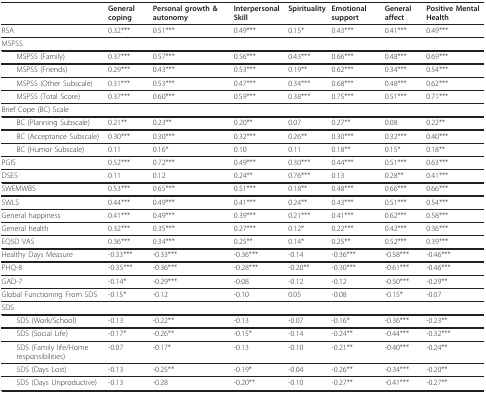
<table><thead><tr><td>[EMPTY_CELL]</td><td><b>General coping</b></td><td><b>Personal growth &amp; autonomy</b></td><td><b>Interpersonal Skill</b></td><td><b>Spirituality</b></td><td><b>Emotional support</b></td><td><b>General affect</b></td><td><b>Positive Mental Health</b></td></tr></thead><tbody><tr><td>RSA</td><td>0.32***</td><td>0.51***</td><td>0.49***</td><td>0.15*</td><td>0.43***</td><td>0.41***</td><td>0.49***</td></tr><tr><td>MSPSS</td><td>[EMPTY_CELL]</td><td>[EMPTY_CELL]</td><td>[EMPTY_CELL]</td><td>[EMPTY_CELL]</td><td>[EMPTY_CELL]</td><td>[EMPTY_CELL]</td><td>[EMPTY_CELL]</td></tr><tr><td> MSPSS (Family)</td><td>0.37***</td><td>0.57***</td><td>0.56***</td><td>0.43***</td><td>0.66***</td><td>0.48***</td><td>0.69***</td></tr><tr><td> MSPSS (Friends)</td><td>0.29***</td><td>0.43***</td><td>0.53***</td><td>0.19**</td><td>0.62***</td><td>0.34***</td><td>0.54***</td></tr><tr><td> MSPSS (Other Subscale)</td><td>0.31***</td><td>0.53***</td><td>0.47***</td><td>0.34***</td><td>0.68***</td><td>0.48***</td><td>0.62***</td></tr><tr><td> MSPSS (Total Score)</td><td>0.37***</td><td>0.60***</td><td>0.59***</td><td>0.38***</td><td>0.75***</td><td>0.51***</td><td>0.71***</td></tr><tr><td>Brief Cope (BC) Scale</td><td>[EMPTY_CELL]</td><td>[EMPTY_CELL]</td><td>[EMPTY_CELL]</td><td>[EMPTY_CELL]</td><td>[EMPTY_CELL]</td><td>[EMPTY_CELL]</td><td>[EMPTY_CELL]</td></tr><tr><td> BC (Planning Subscale)</td><td>0.21**</td><td>0.23**</td><td>0.20**</td><td>0.07</td><td>0.27**</td><td>0.08</td><td>0.22**</td></tr><tr><td> BC (Acceptance Subscale)</td><td>0.30***</td><td>0.30***</td><td>0.32***</td><td>0.26**</td><td>0.30***</td><td>0.32***</td><td>0.40***</td></tr><tr><td> BC (Humor Subscale)</td><td>0.11</td><td>0.16*</td><td>0.10</td><td>0.11</td><td>0.18**</td><td>0.15*</td><td>0.18**</td></tr><tr><td>PGIS</td><td>0.52***</td><td>0.72***</td><td>0.49***</td><td>0.30***</td><td>0.44***</td><td>0.51***</td><td>0.63***</td></tr><tr><td>DSES</td><td>0.11</td><td>0.12</td><td>0.24**</td><td>0.76***</td><td>0.13</td><td>0.28**</td><td>0.41***</td></tr><tr><td>SWEMWBS</td><td>0.53***</td><td>0.65***</td><td>0.51***</td><td>0.18**</td><td>0.48***</td><td>0.66***</td><td>0.66***</td></tr><tr><td>SWLS</td><td>0.44***</td><td>0.49***</td><td>0.41***</td><td>0.24**</td><td>0.43***</td><td>0.51***</td><td>0.54***</td></tr><tr><td>General happiness</td><td>0.41***</td><td>0.49***</td><td>0.39***</td><td>0.21***</td><td>0.41***</td><td>0.62***</td><td>0.58***</td></tr><tr><td>General health</td><td>0.32***</td><td>0.35***</td><td>0.27***</td><td>0.12*</td><td>0.22***</td><td>0.42***</td><td>0.36***</td></tr><tr><td>EQ5D VAS</td><td>0.36***</td><td>0.34***</td><td>0.25**</td><td>0.14*</td><td>0.25**</td><td>0.52***</td><td>0.39***</td></tr><tr><td>Healthy Days Measure</td><td>-0.33***</td><td>-0.33***</td><td>-0.36***</td><td>-0.14</td><td>-0.36***</td><td>-0.58***</td><td>-0.46***</td></tr><tr><td>PHQ-8</td><td>-0.35***</td><td>-0.36***</td><td>-0.28***</td><td>-0.20**</td><td>-0.30***</td><td>-0.61***</td><td>-0.46***</td></tr><tr><td>GAD-7</td><td>-0.14*</td><td>-0.29***</td><td>-0.08</td><td>-0.12</td><td>-0.12</td><td>-0.50***</td><td>-0.29**</td></tr><tr><td>Global Functioning From SDS</td><td>-0.15*</td><td>-0.12</td><td>-0.10</td><td>0.05</td><td>-0.08</td><td>-0.15*</td><td>-0.07</td></tr><tr><td>SDS</td><td>[EMPTY_CELL]</td><td>[EMPTY_CELL]</td><td>[EMPTY_CELL]</td><td>[EMPTY_CELL]</td><td>[EMPTY_CELL]</td><td>[EMPTY_CELL]</td><td>[EMPTY_CELL]</td></tr><tr><td> SDS (Work/School)</td><td>-0.13</td><td>-0.22**</td><td>-0.13</td><td>-0.07</td><td>-0.16*</td><td>-0.36***</td><td>-0.23**</td></tr><tr><td> SDS (Social Life)</td><td>-0.17*</td><td>-0.26**</td><td>-0.15*</td><td>-0.14</td><td>-0.24**</td><td>-0.44***</td><td>-0.32***</td></tr><tr><td> SDS (Family life/Home responsibilities)</td><td>-0.07</td><td>-0.17*</td><td>-0.13</td><td>-0.10</td><td>-0.21**</td><td>-0.40***</td><td>-0.24**</td></tr><tr><td> SDS (Days Lost)</td><td>-0.13</td><td>-0.25**</td><td>-0.19*</td><td>-0.04</td><td>-0.26**</td><td>-0.34***</td><td>-0.20**</td></tr><tr><td> SDS (Days Unproductive)</td><td>-0.13</td><td>-0.28</td><td>-0.20**</td><td>-0.10</td><td>-0.27**</td><td>-0.41***</td><td>-0.27**</td></tr></tbody></table>